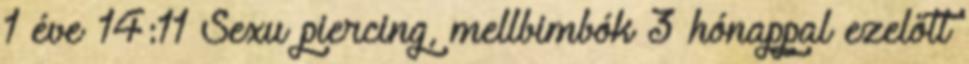
1 éve 14:11 Sexu piercing, mellbimbók 3 hónappal ezelőtt